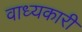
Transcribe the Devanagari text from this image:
वाध्यकारी